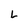
Character: L